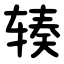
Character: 辏